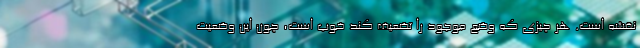
نقشه است. هر چیزی که وضع موجود را تضعیف کند خوب است، چون این وضعیت